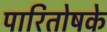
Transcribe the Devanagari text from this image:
पारितोषके